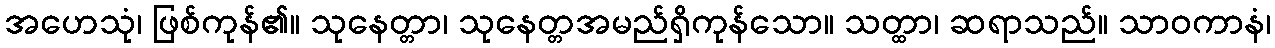
အဟေသုံ၊ ဖြစ်ကုန်၏။ သုနေတ္တာ၊ သုနေတ္တအမည်ရှိကုန်သော။ သတ္ထာ၊ ဆရာသည်။ သာဝကာနံ၊